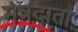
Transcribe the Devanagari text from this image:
मंत्रदाता